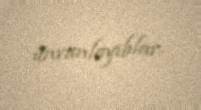
ünvanlayıblar.